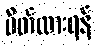
ပိတ်ထားရန်